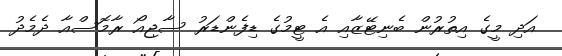
އަދި މީގެ އިތުރުން ބެނިޓޭޒާއި އެ ޓީމުގެ ޑިފެންޑަރު ސާޖިއޯ ރާމޮސްއާ ދެމެދު